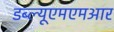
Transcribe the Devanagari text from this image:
डब्ल्यूएमएमआर